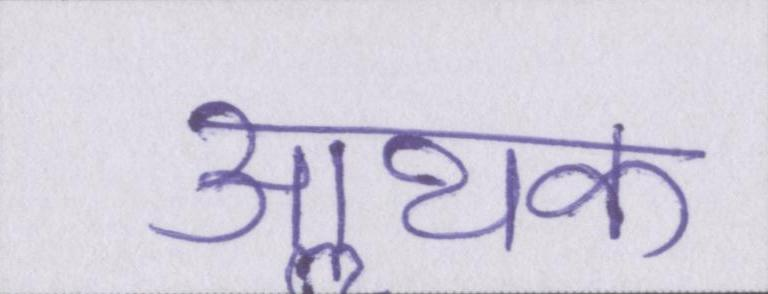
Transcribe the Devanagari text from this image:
आॢथक